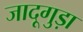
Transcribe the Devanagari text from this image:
जादूगुड़ा